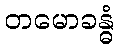
တမောခန္ဓံ